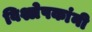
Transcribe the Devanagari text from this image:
विश्लेषकांनी